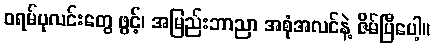
ဝရမ်ပုလင်းတွေ ဖွင့်၊ အမြည်းဘာညာ အစုံအလင်နဲ့ ဇိမ်ပြီပေါ့။